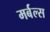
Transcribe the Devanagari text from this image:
मर्बल्स